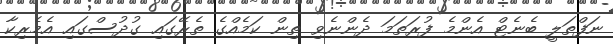
ނަފްތަލީ ބެނެޓް އެންމެ ފުރަތަމަ ދެންނެވި ތިން ކަމެއްގެ ތެރޭގައި ގުދުސްގައި އެމެރިކާ